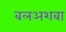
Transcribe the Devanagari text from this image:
बलअशबा